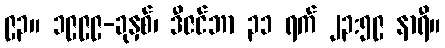
၉၃။ ၁၉၉၉-ခုနှစ်၊ ဒီဇင်ဘာ ၃၁ ရက် ၂၃:၅၉ နာရီ။